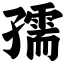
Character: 孺